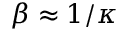
\beta \approx 1 / \kappa